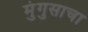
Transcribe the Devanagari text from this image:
मुंगुसाचा